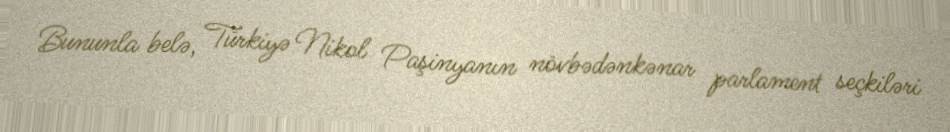
Bununla belə, Türkiyə Nikol Paşinyanın növbədənkənar parlament seçkiləri